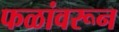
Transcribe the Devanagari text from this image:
फळांवरून